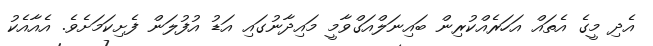
އެދި މީގެ އެތައް އަހަރެއްކުރިން ބައިނަލްއަގްވާމީ މައިދާނުގައި އަޑު އުފުލަން ފެށިކަމަަށެވެ. އެއާއެކު